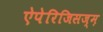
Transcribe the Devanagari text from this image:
ऐपेरिजिसज्म़